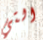
التي